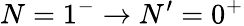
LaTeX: N=1^{-}\rightarrow N^{\prime}=0^{+}